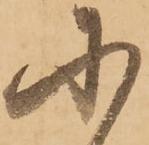
に